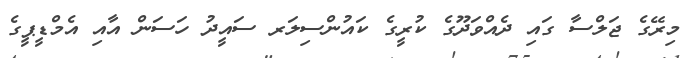
މިރޭގެ ޖަލްސާ ގައި ދެއްވަދޫގެ ކުރީގެ ކައުންސިލަރ ސައީދު ހަސަން އާއި އެމްޑީޕީގެ